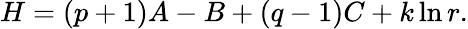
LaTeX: H=(p+1)A-B+(q-1)C+k\ln r.